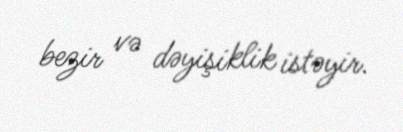
bezir və dəyişiklik istəyir.